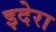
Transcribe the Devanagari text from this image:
इदेरा